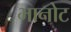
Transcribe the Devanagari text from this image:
भानोट